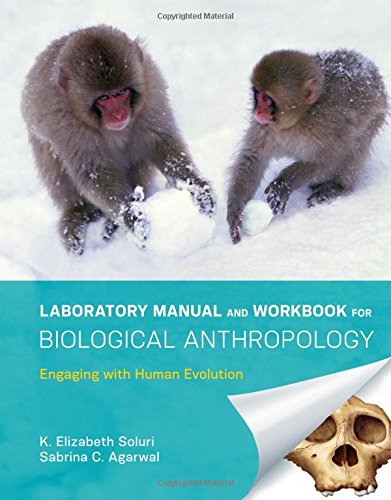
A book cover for Laboratory Manual and Workbook for Biological Anthropology: Engaging with Human Evolution; K. Elizabeth Soluri; Politics & Social Sciences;